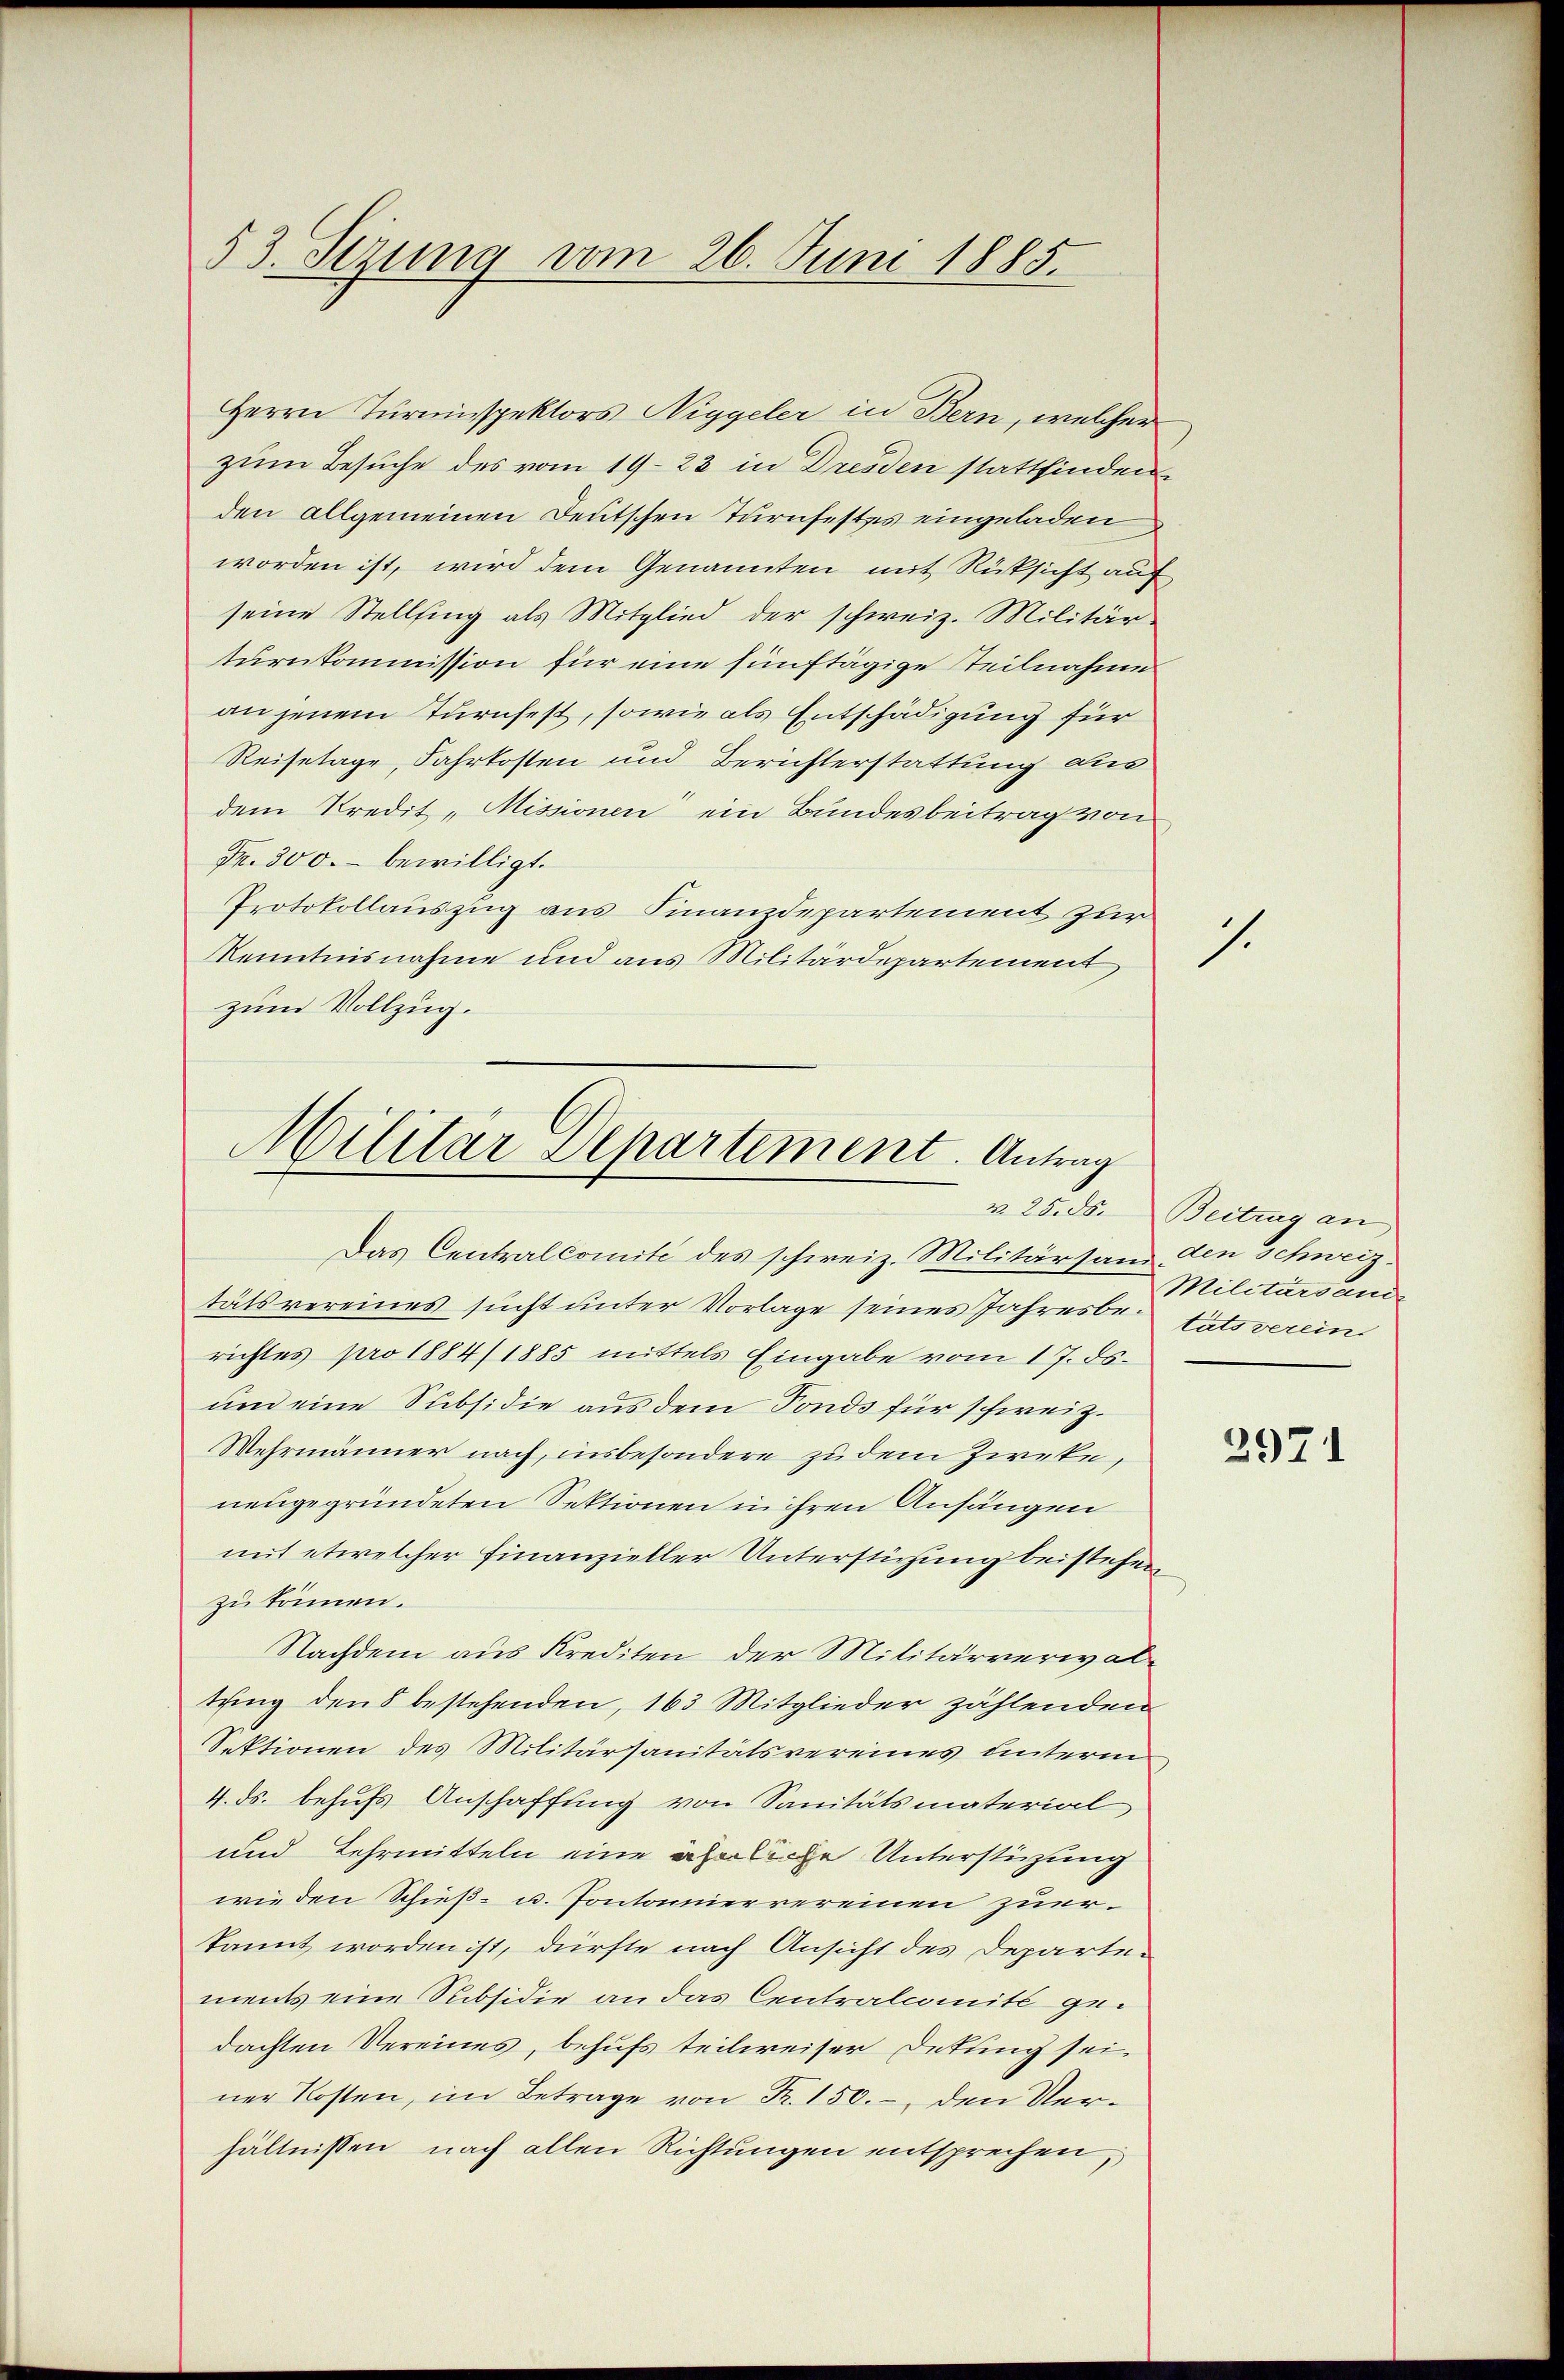
53. Sizung vom 26. Juni 1885.

Herrn Turinspektors Niggeler in Bern, welcher
zum Besuche des vom 1923 in Dresden stattfinden
den allgemeinen Deutschen Turnfestes eingeladen
worden ist, wird dem Genannten mit Rücksicht auf
seine Stellfing als Mitglied der schweiz. Militär-
turnkommission für eine fünftägige Teilnahme
an jenem Turnfest, sowie als Entschädigung für
Reisetage, Fahrkosten und Berichterstattung aus
dem Kredit „Missionen ein Bundesbeitrag von
Fr. 300. bewilligt.
Protokollauszug aus Finanzdepartement zur
Kenntnisnahme und aus Militärdepartement
zum Vollzug.

Militär Departement. Antrag
Das Centralcomité des schweiz. Militärsam. den Schweiz.

tätsvereines sucht unter Vorlage seines Jahresbe¬ Entsverein
richtes pro 1884/1885 mittels Eingabe vom 17. ds.
un eine Subsidie aus dem Fonds für schweiz.
Wehrmänner nach, insbesondere zu dem Zweke,
neugegründeten Sektionen in ihren Anfängen
mit etwelcher Finanzieller Unterstüzung beistehen
zu können.
Nachdem aus Krediten der Militärverwaltung den 8 bestehenden, 163 Mitglieder zählenden
Sektionen des Militärsanitätsvereines unterm
4. ds. behufs Anschaffung von Sanitätsmaterial
und Lehrmitteln eine ähnliche Unterstüzung
wie den Schieß- u. Pontonniervereinen zuerkannt worden ist, dürfte nach Ansicht des Departements eine Subsidie an das Centralcomite gedachten Vereines, behufs teilweiser Detung sei.
ner Kosten, im Betrage von Fr. 150.- den Verhältnissen nach allen Richtungen entsprechen,

1.

m 25. ds. Beitrag an
Militärsanit

2971